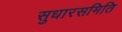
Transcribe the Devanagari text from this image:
सुधारसमिति